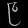
Digit: ၉